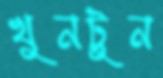
খুনটুন